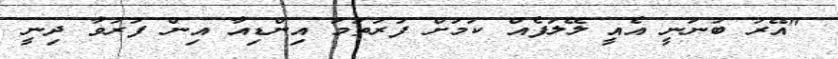
"އޭރު ބުނަނީ އެއީ ލޭލަފެއް ކަމަށް ފުރަތަމަ އިންޑިއާ އިން ފަރުވާ ދިނީ